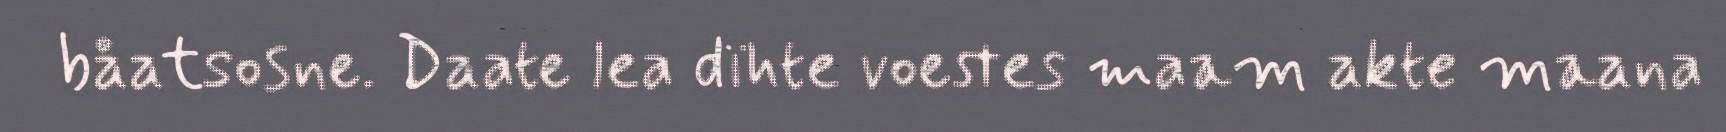
båatsosne. Daate lea dïhte voestes maam akte maana